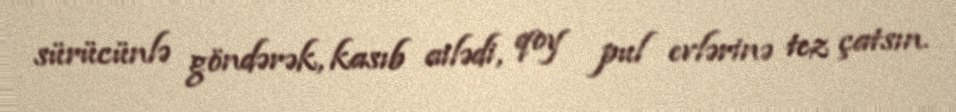
sürücünlə göndərək, kasıb ailədi, qoy pul evlərinə tez çatsın.